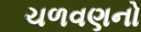
ચળવણનો